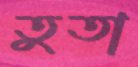
তুতা